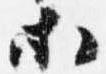
等